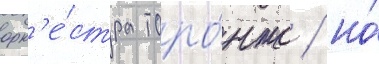
орк'е́стра торо́нто / но́